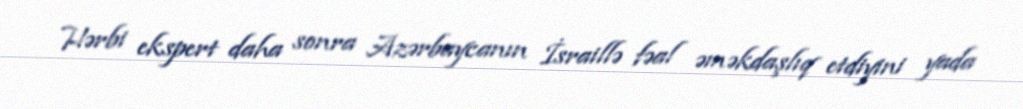
Hərbi ekspert daha sonra Azərbaycanın İsraillə fəal əməkdaşlıq etdiyini yada